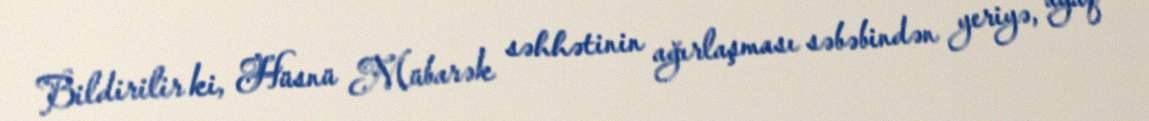
Bildirilir ki, Hüsnü Mübarək səhhətinin ağırlaşması səbəbindən yeriyə, ayaq